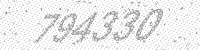
Solution: 794330